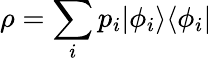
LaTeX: \rho=\sum_{i}p_{i}|\phi_{i}\rangle\langle\phi_{i}|